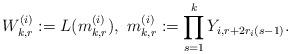
LaTeX: \begin{align*}W_{k, r}^{(i)}:=L(m_{k, r}^{(i)}),\ m_{k, r}^{(i)}:=\prod_{s=1}^{k}Y_{i, r+2r_i(s-1)}. \end{align*}